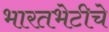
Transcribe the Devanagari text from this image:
भारतभेटीचे